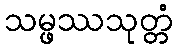
သမ္ဖဿသုတ္တံ